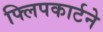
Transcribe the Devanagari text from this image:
फ्लिपकार्टने